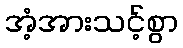
အံ့အားသင့်စွာ